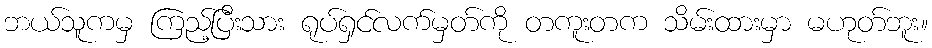
ဘယ်သူကမှ ကြည့်ပြီးသား ရုပ်ရှင်လက်မှတ်ကို တကူးတက သိမ်းထားမှာ မဟုတ်ဘူး။